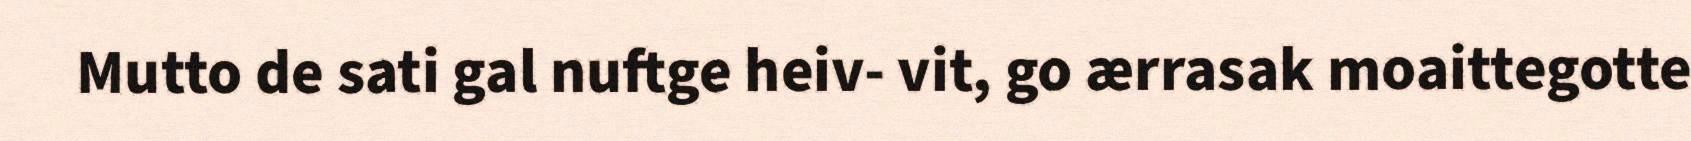
Mutto de sati gal nuftge heiv- vit, go ærrasak moaittegotte